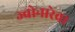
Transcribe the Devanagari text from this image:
ज्वोनारेवा